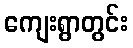
ကျေးရွာတွင်း